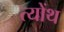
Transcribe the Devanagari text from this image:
त्योंथ